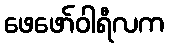
ဖေဖော်ဝါရီလက